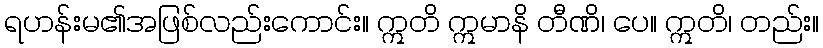
ရဟန်းမ၏အဖြစ်လည်းကောင်း။ ဣတိ ဣမာနိ တီဏိ၊ ပေ။ ဣတိ၊ တည်း။